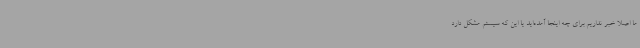
ما اصلاً خبر نداریم برای چه اینجا آمده‌اید یا این که سیستم مشکل دارد